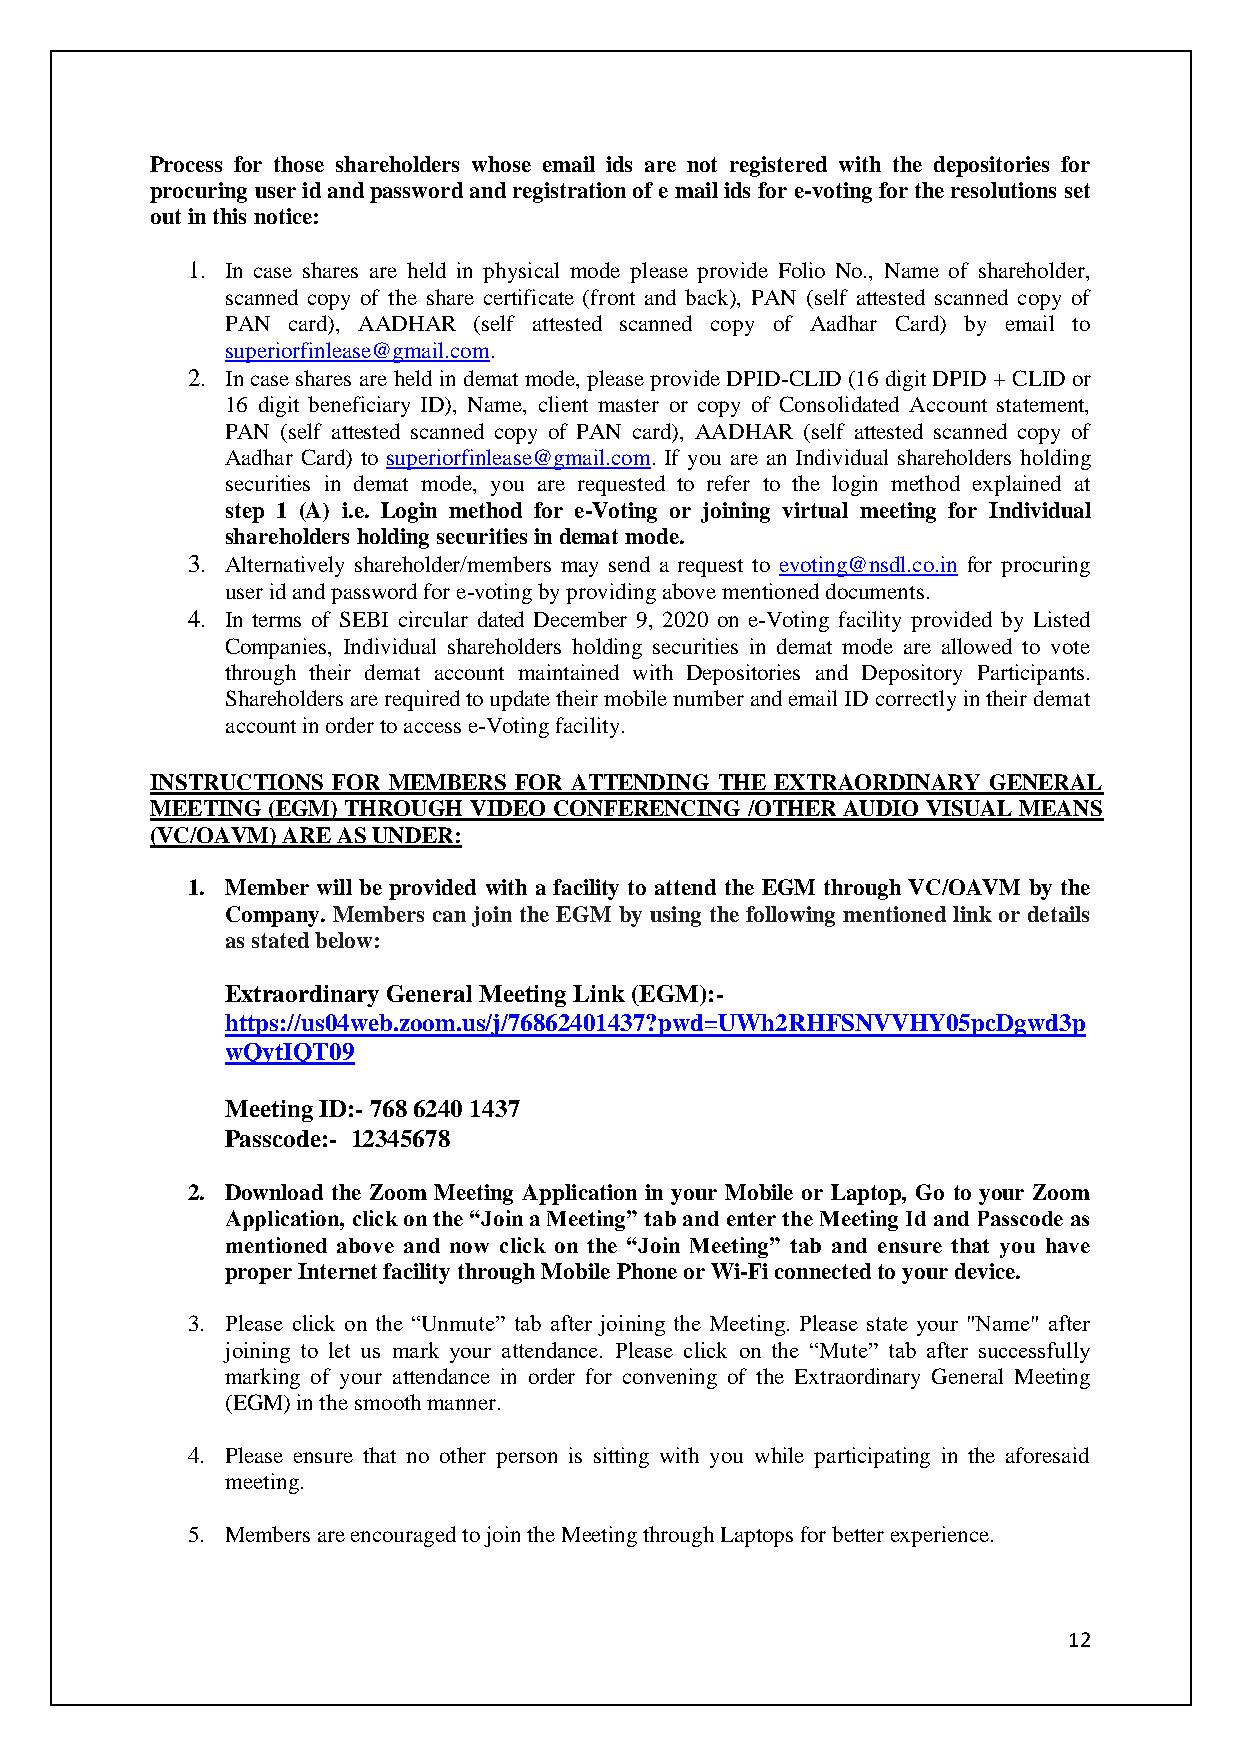
Process for those shareholders whose email ids are not registered with the depositories for
 procuring user id and password and registration of e mail ids for e-voting for the resolutions set
 out in this notice:
 1. In case shares are held in physical mode please provide Folio No., Name of shareholder,
 scanned copy of the share certificate (front and back), PAN (self attested scanned copy of
 PAN card), AADHAR (self attested scanned copy of Aadhar Card) by email to
 superiorfinlease@gmail.com.
 2. In case shares are held in demat mode, please provide DPID-CLID (16 digit DPID + CLID or
 16 digit beneficiary ID), Name, client master or copy of Consolidated Account statement,
 PAN (self attested scanned copy of PAN card), AADHAR (self attested scanned copy of
 Aadhar Card) to superiorfinlease@gmail.com. If you are an Individual shareholders holding
 securities in demat mode, you are requested to refer to the login method explained at
 step 1 (A) i.e. Login method for e-Voting or joining virtual meeting for Individual
 shareholders holding securities in demat mode.
 3. Alternatively shareholder/members may send a request to evoting@nsdl.co.in for procuring
 user id and password for e-voting by providing above mentioned documents.
 4. In terms of SEBI circular dated December 9, 2020 on e-Voting facility provided by Listed
 Companies, Individual shareholders holding securities in demat mode are allowed to vote
 through their demat account maintained with Depositories and Depository Participants.
 Shareholders are required to update their mobile number and email ID correctly in their demat
 account in order to access e-Voting facility.
 INSTRUCTIONS FOR MEMBERS FOR ATTENDING THE EXTRAORDINARY GENERAL
 MEETING (EGM) THROUGH VIDEO CONFERENCING /OTHER AUDIO VISUAL MEANS
 (VC/OAVM) ARE AS UNDER:
 1. Member will be provided with a facility to attend the EGM through VC/OAVM by the
 Company. Members can join the EGM by using the following mentioned link or details
 as stated below:
 Extraordinary General Meeting Link (EGM):-
 https://us04web.zoom.us/j/76862401437?pwd=UWh2RHFSNVVHY05pcDgwd3p
 wQytIQT09
 Meeting ID:- 768 6240 1437
 Passcode:- 12345678
 2. Download the Zoom Meeting Application in your Mobile or Laptop, Go to your Zoom
 Application, click on the “Join a Meeting” tab and enter the Meeting Id and Passcode as
 mentioned above and now click on the “Join Meeting” tab and ensure that you have
 proper Internet facility through Mobile Phone or Wi-Fi connected to your device.
 3. Please click on the “Unmute” tab after joining the Meeting. Please state your "Name" after
 joining to let us mark your attendance. Please click on the “Mute” tab after successfully
 marking of your attendance in order for convening of the Extraordinary General Meeting
 (EGM) in the smooth manner.
 4. Please ensure that no other person is sitting with you while participating in the aforesaid
 meeting.
 5. Members are encouraged to join the Meeting through Laptops for better experience.
 12